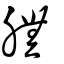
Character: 膴